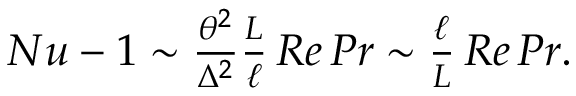
\begin{array} { r } { N u - 1 \sim \frac { \theta ^ { 2 } } { \Delta ^ { 2 } } \frac { L } { \ell } \, R e \, P r \sim \frac { \ell } { L } \, R e \, P r . } \end{array}